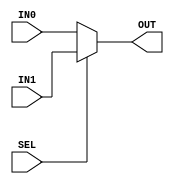
module MUX_2X1 #(parameter D_WIDTH =8) (

input	wire	[D_WIDTH-1:0]	IN1,
input	wire	[D_WIDTH-1:0]	IN0,
input	wire			SEL,
output	wire	[D_WIDTH-1:0]	OUT	
	
);

assign OUT = (SEL)? IN1 : IN0 ;

endmodule